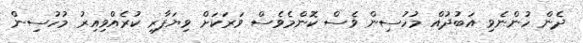
ދެން ހުންނެވި އަބުދުއް މުހުސިން ވެސް ކޮންމެވެސް ވަރަކަށް ވިޔަފާރި ކުރެއްވިއިރު މުހުސިން